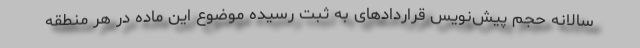
سالانه حجم پیش‌نویس قراردادهای به ثبت رسیده موضوع این ماده در هر منطقه